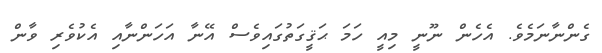
ގެންނާނަމެވެ. އެހެން ނޫނީ މިއީ ހަމަ ޙަޤީގަތުގައިވެސް އޭނާ އަހަންނާއި އެކުވެރި ވާން